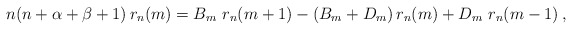
\begin{align*} n(n+\alpha+\beta+1)\, r_n(m)=B_m \ r_{n}(m+1) -(B_m+D_m )\, r_n(m)+ D_m\ r_n(m-1)\,,\end{align*}